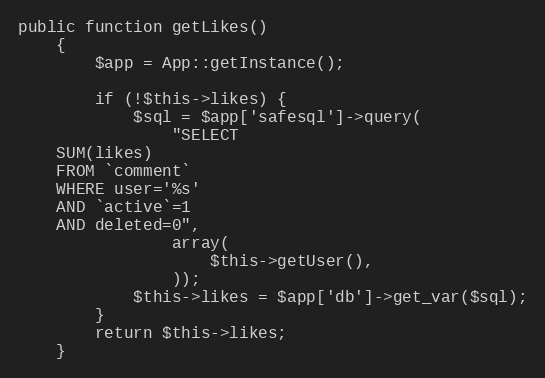
Language: PHP
public function getLikes()
    {
        $app = App::getInstance();

        if (!$this->likes) {
            $sql = $app['safesql']->query(
                "SELECT
    SUM(likes)
    FROM `comment`
    WHERE user='%s'
    AND `active`=1
    AND deleted=0",
                array(
                    $this->getUser(),
                ));
            $this->likes = $app['db']->get_var($sql);
        }
        return $this->likes;
    }